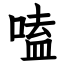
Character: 嗑